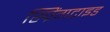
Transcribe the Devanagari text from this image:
स्प्रिंगटाइड